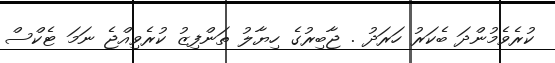
ކުރެވެމުންދަ ބެކަރު ހަރަދު . ޖާބިރުގެ ހިޔާލު ތަންފިޒު ކުރެވިއްޖެ ނަމަ ޓެކްސް